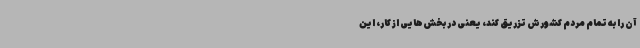
آن را به تمام مردم کشورش تزریق کند، یعنی در بخش‌هایی از کار، این